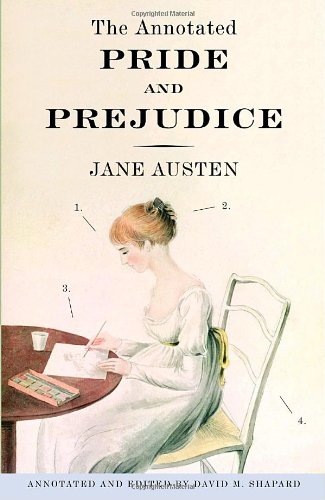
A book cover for The Annotated Pride and Prejudice; Jane Austen; Literature & Fiction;